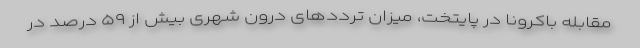
مقابله باکرونا در پایتخت، میزان ترددهای درون شهری بیش از ۵۹ درصد در